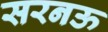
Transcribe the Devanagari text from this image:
सरनऊ